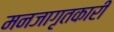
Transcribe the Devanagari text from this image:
मनजागृतकारी